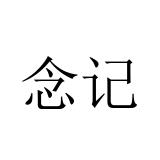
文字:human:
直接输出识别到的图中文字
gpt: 念记